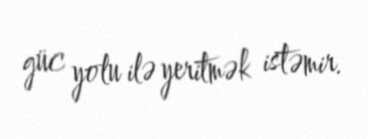
güc yolu ilə yeritmək istəmir.